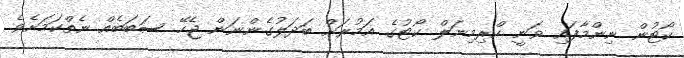
ކޯޓުން ނިންމާފައި ވަނީ ކްރިމިނަލް ކޯޓުގެ އަމުރަށް ބަދަލުގެންނަން ޖެހޭ ސަބަބެއް ނެތްކަމަށެވެ.